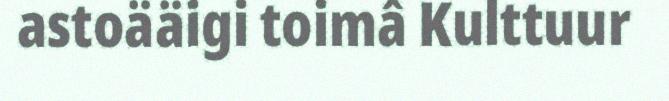
astoääigi toimâ Kulttuur